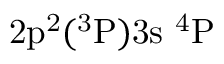
\mathrm { 2 p ^ { 2 } ( ^ { 3 } P ) 3 s ~ ^ { 4 } P }